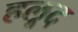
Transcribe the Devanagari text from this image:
हलूद